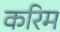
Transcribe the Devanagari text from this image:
करिम